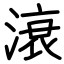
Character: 滖